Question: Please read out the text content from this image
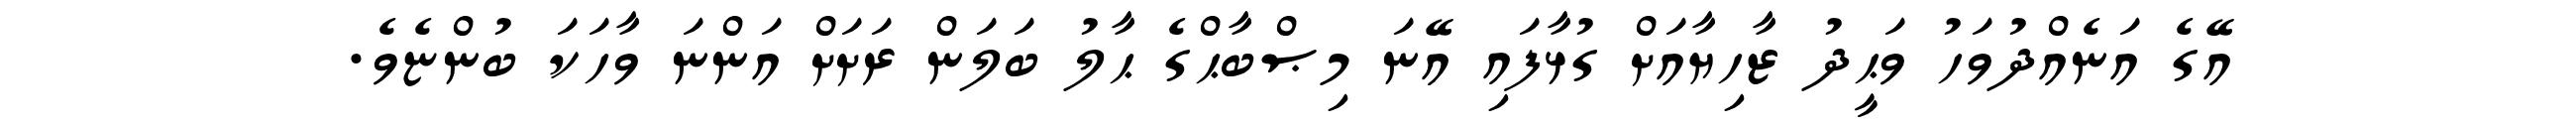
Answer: އޭގެ އަނެއްދުވަހު ވަޙީދު ޒާހިޔާއަށް ގުޅާފައި އޭނަ މިޞްބާޙްގެ ޙާލު ބަލަން ރަށަށް އަންނަ ވާހަކަ ބުންޏެވެ.